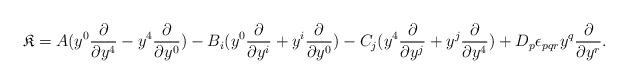
LaTeX: \begin{align*}{\mathfrak K}= A (y^0\frac{\partial}{\partial y^4}-y^4\frac{\partial}{\partial y^0} )- B_i( y^0\frac{\partial}{\partial y^i}+y^i\frac{\partial}{\partial y^0})- C_j (y^4\frac{\partial}{\partial y^j}+y^j\frac{\partial}{\partial y^4})+ D_p \epsilon_{pqr}y^q\frac{\partial}{\partial y^r}. \end{align*}